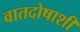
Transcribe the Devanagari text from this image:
वातदोषाशी